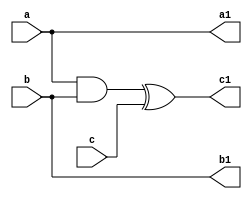
module toffoli1(a,b,c,a1,b1,c1);
input a,b,c;
output a1,b1,c1;
wire t1;
buf (a1,a);
buf (b1,b);
and (t1,a,b);
xor (c1,t1,c);
endmodule

module nott(x,y);
input x;
output y;
toffoli1 Q1(a,b,x,a1,b1,y);
assign a=1;
assign b=1;
endmodule